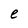
Character: e